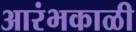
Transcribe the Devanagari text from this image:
आरंभकाळी